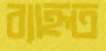
ব্যাহৃত